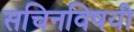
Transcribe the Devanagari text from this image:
सचिनविषयी